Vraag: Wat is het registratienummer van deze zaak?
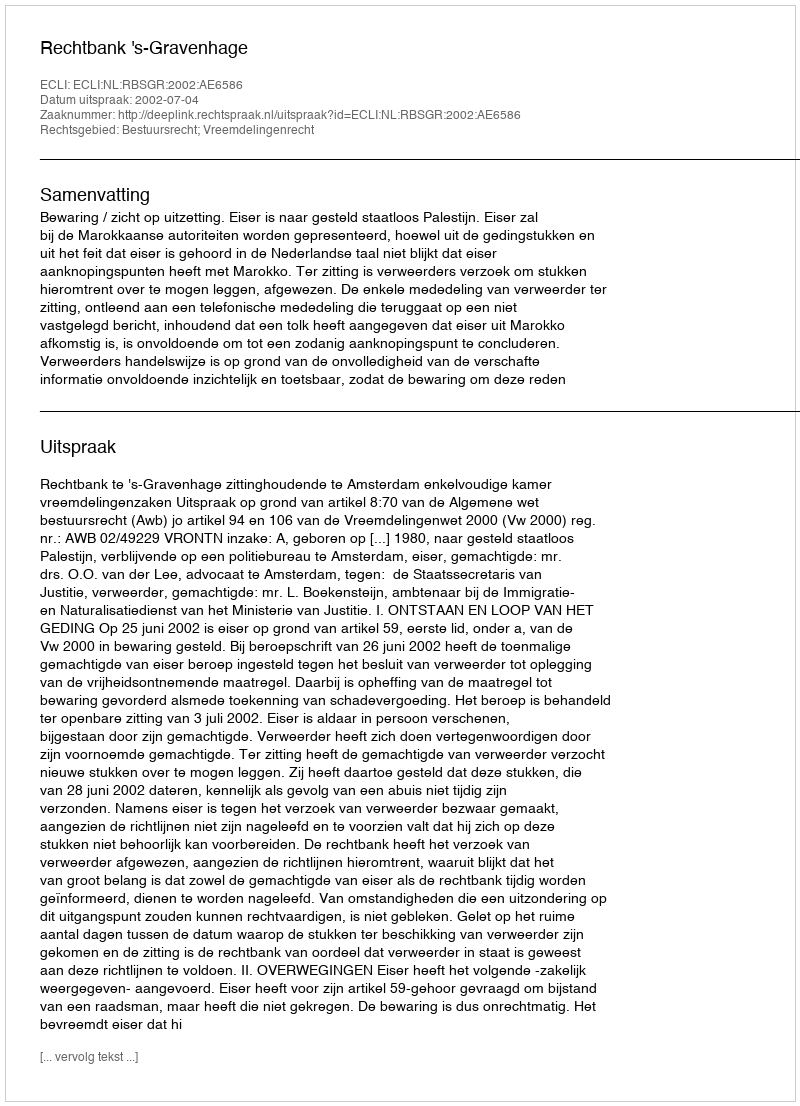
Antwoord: http://deeplink.rechtspraak.nl/uitspraak?id=ECLI:NL:RBSGR:2002:AE6586